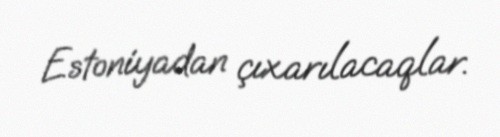
Estoniyadan çıxarılacaqlar.